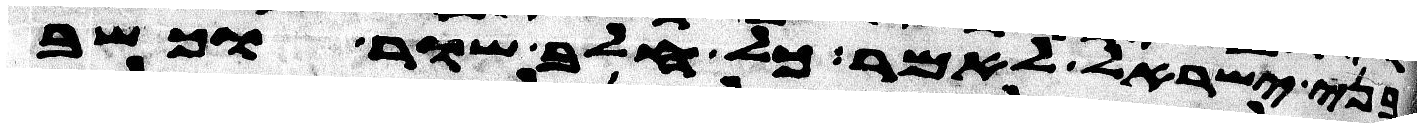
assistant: בני ישראל לאמר כל חלב שור וכשב